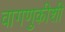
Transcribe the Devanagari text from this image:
वागणुकीशी